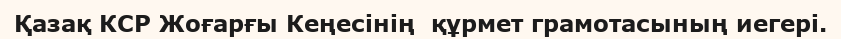
Қазақ КСР Жоғарғы Кеңесінің  құрмет грамотасының иегері.